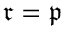
{ \mathfrak { r } } = { \mathfrak { p } }